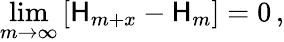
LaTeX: \operatorname*{lim}_{m\rightarrow\infty}\left[\mathsf{H}_{m+x}-\mathsf{H}_{m}\right]=0\, ,